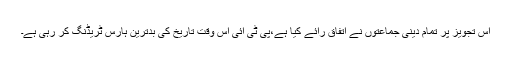
اس تجویز پر تمام دینی جماعتوں نے اتفاق رائے کیا ہے،پی ٹی آئی اس وقت تاریخ کی بدترین ہارس ٹریڈنگ کر رہی ہے۔